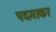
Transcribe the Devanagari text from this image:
पदमाकर